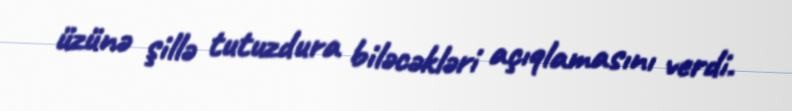
üzünə şillə tutuzdura biləcəkləri açıqlamasını verdi.